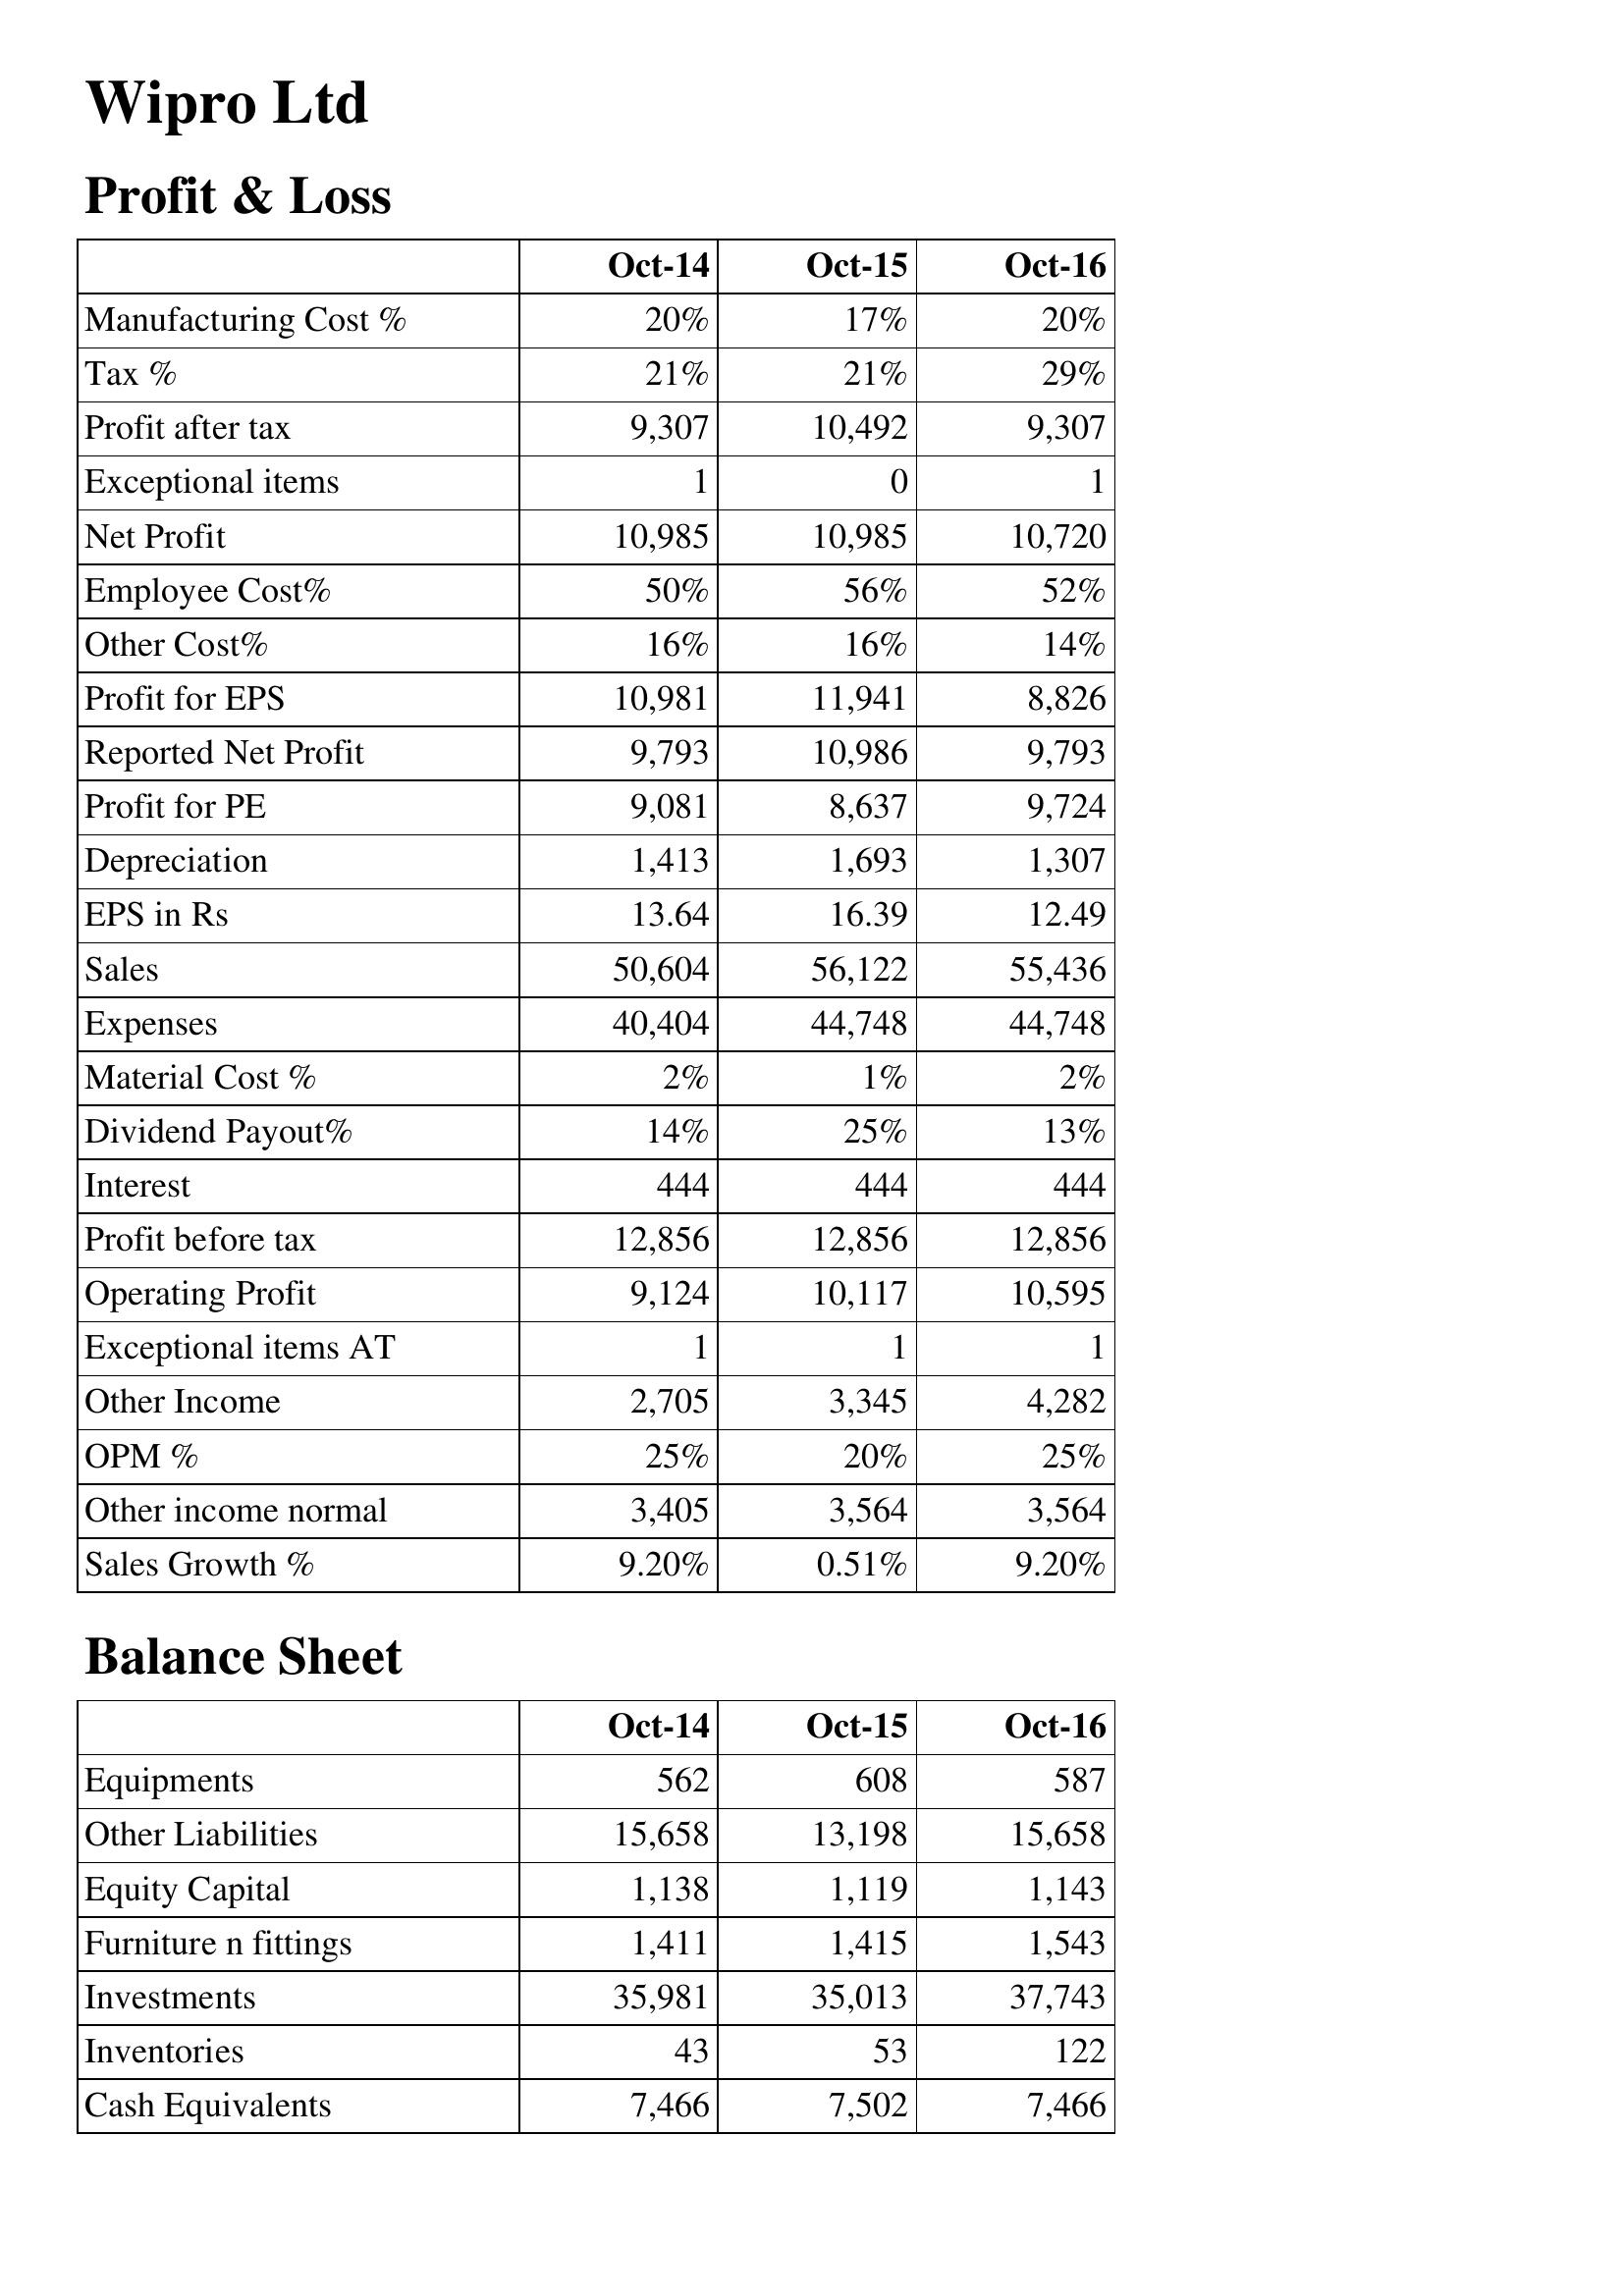
Oct-14: Profit & Loss: Manufacturing Cost %: 20%
Tax %: 21%
Profit after tax: 9,307
Exceptional items: 1
Net Profit: 10,985
Employee Cost%: 50%
Other Cost%: 16%
Profit for EPS: 10,981
Reported Net Profit: 9,793
Profit for PE: 9,081
Depreciation: 1,413
EPS in Rs: 13.64
Sales: 50,604
Expenses: 40,404
Material Cost %: 2%
Dividend Payout%: 14%
Interest: 444
Profit before tax: 12,856
Operating Profit: 9,124
Exceptional items AT: 1
Other Income: 2,705
OPM %: 25%
Other income normal: 3,405
Sales Growth %: 9.20%
Balance Sheet: Equipments: 562
Other Liabilities: 15,658
Equity Capital: 1,138
Furniture n fittings: 1,411
Investments: 35,981
Inventories: 43
Cash Equivalents: 7,466
Oct-15: Profit & Loss: Manufacturing Cost %: 17%
Tax %: 21%
Profit after tax: 10,492
Exceptional items: 0
Net Profit: 10,985
Employee Cost%: 56%
Other Cost%: 16%
Profit for EPS: 11,941
Reported Net Profit: 10,986
Profit for PE: 8,637
Depreciation: 1,693
EPS in Rs: 16.39
Sales: 56,122
Expenses: 44,748
Material Cost %: 1%
Dividend Payout%: 25%
Interest: 444
Profit before tax: 12,856
Operating Profit: 10,117
Exceptional items AT: 1
Other Income: 3,345
OPM %: 20%
Other income normal: 3,564
Sales Growth %: 0.51%
Balance Sheet: Equipments: 608
Other Liabilities: 13,198
Equity Capital: 1,119
Furniture n fittings: 1,415
Investments: 35,013
Inventories: 53
Cash Equivalents: 7,502
Oct-16: Profit & Loss: Manufacturing Cost %: 20%
Tax %: 29%
Profit after tax: 9,307
Exceptional items: 1
Net Profit: 10,720
Employee Cost%: 52%
Other Cost%: 14%
Profit for EPS: 8,826
Reported Net Profit: 9,793
Profit for PE: 9,724
Depreciation: 1,307
EPS in Rs: 12.49
Sales: 55,436
Expenses: 44,748
Material Cost %: 2%
Dividend Payout%: 13%
Interest: 444
Profit before tax: 12,856
Operating Profit: 10,595
Exceptional items AT: 1
Other Income: 4,282
OPM %: 25%
Other income normal: 3,564
Sales Growth %: 9.20%
Balance Sheet: Equipments: 587
Other Liabilities: 15,658
Equity Capital: 1,143
Furniture n fittings: 1,543
Investments: 37,743
Inventories: 122
Cash Equivalents: 7,466